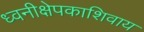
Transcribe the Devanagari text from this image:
ध्वनीक्षेपकाशिवाय